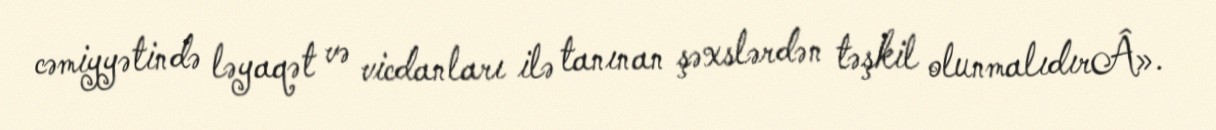
cəmiyyətində ləyaqət və vicdanları ilə tanınan şəxslərdən təşkil olunmalıdırÂ».